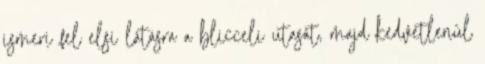
ismeri fel elsı látásra a bliccelı utasát, majd kedvetlenül